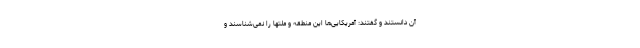
آن دانستند و گفتند: آمریکایی‌ها این منطقه و ملتها را نمی‌شناسند و